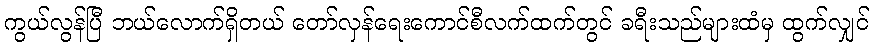
ကွယ်လွန်ပြီ ဘယ်လောက်ရှိတယ် တော်လှန်ရေးကောင်စီလက်ထက်တွင် ခရီးသည်များထံမှ ထွက်လျှင်